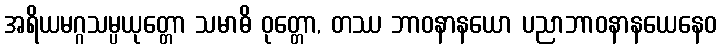
အရိယမဂ္ဂသမ္ပယုတ္တော သမာဓိ ဝုတ္တော, တဿ ဘာဝနာနယော ပညာဘာဝနာနယေနေဝ